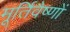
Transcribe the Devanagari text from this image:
मूर्तिवैष्णों